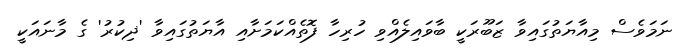
ނަމަވެސް މިއާޔަތުގައިވާ ޒަބޫރަކީ ބާވައިލެއްވި ހުރިހާ ފޮތެއްކަމަށާއި އާޔަތުގައިވާ 'ޛިކުރު' ގެ މާނައަކީ